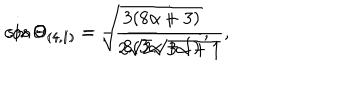
\cos \Theta _ { ( 4 , 1 ) } = - \frac { i } { 2 \sqrt { 2 } \sqrt { 3 \alpha + 1 } } , \hspace { 1 c m } \sin \Theta _ { ( 4 , 1 ) } = \sqrt { \frac { 3 ( 8 \alpha + 3 ) } { 8 ( 3 \alpha + 1 ) } } ,